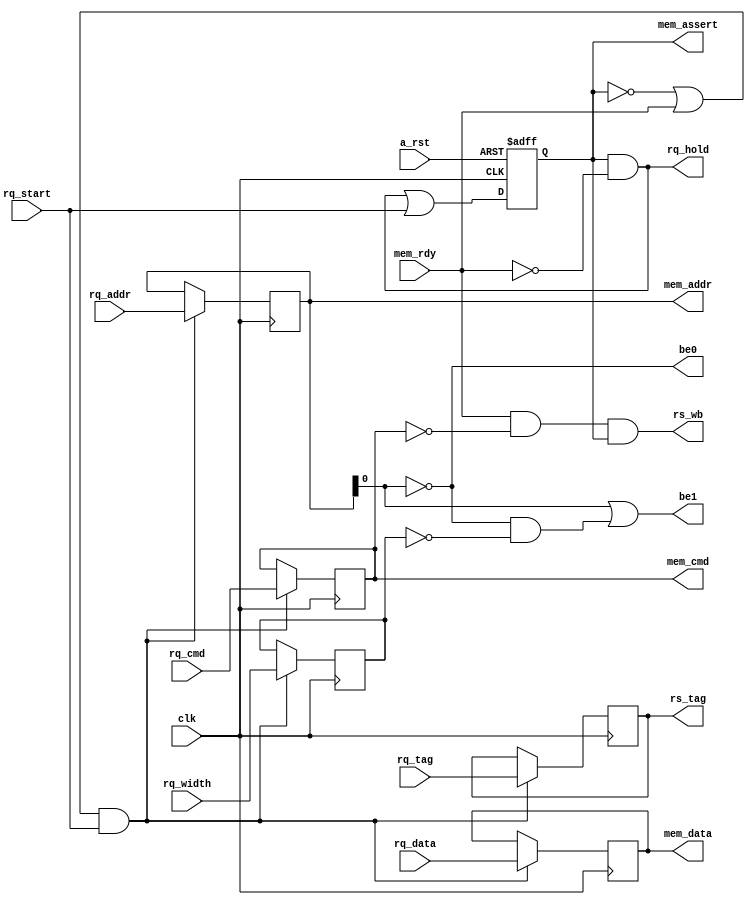
module lsu_16b(
    input   wire        clk,
    input   wire        a_rst,
    
    // Request interface
    input   wire[15:0]  rq_addr,    // Request memory address
    input   wire[15:0]  rq_data,    // Data to write
    input   wire        rq_width,   // Bus Width: 0: 16 bit, 1: 8 bit
    input   wire        rq_cmd,     // Command, 0: read, 1: write
    input   wire[1:0]   rq_tag,     // Tag of the request
    input   wire        rq_start,   // Start request with parameters
    output  wire        rq_hold,    // Hold any incoming request
    
    // Memory
    input   wire        mem_rdy,
    output  wire[15:0]  mem_addr,
    output  wire[15:0]  mem_data,
    output  wire        mem_cmd,
    output  wire        be0,
    output  wire        be1,
    output  wire        mem_assert,
    
    // Reservations Stations
    output  wire        rs_wb,
    output  wire[1:0]   rs_tag
);

reg[15:0] address;
reg[15:0] data;
reg command;
reg width;
reg[1:0] tag;

reg busy;

wire accept_rq = ( ~busy | mem_rdy ) & rq_start;
wire next_busy = busy & ~mem_rdy | rq_start;

always @(posedge clk or negedge a_rst) begin
    if (busy & ~mem_rdy) begin
        $display("Memory Operation under way");
    end else begin
        $display("Memory Idling");
    end
    if ( ~a_rst ) begin
        busy <= 1'b0;
    end else begin
        busy <= next_busy;
    end
end

always @(posedge clk) begin
    if (accept_rq) begin
        $display("Starting memory op at address: %h received from station %h; ", rq_addr, rq_tag);
        if (rq_cmd) begin
            $display("Writing %h\n", rq_data);
        end else begin
            $display("Reading\n");
        end
    end
    address <= accept_rq ? rq_addr : address;
    data <= accept_rq ? rq_data : data;
    width <= accept_rq ? rq_width : width;
    command <= accept_rq ? rq_cmd : command;
    tag <= accept_rq ? rq_tag : tag;
end

assign rq_hold = busy & ~mem_rdy;

assign mem_addr = address;
assign mem_data = data;
assign mem_cmd = command;
assign be0 = ~mem_addr[0];
assign be1 = mem_addr[0] | ~mem_addr[0] & ~width;
assign mem_assert = busy;
assign rs_tag = tag;
assign rs_wb = mem_rdy & ~mem_cmd & busy;

endmodule